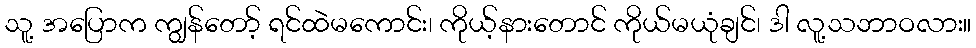
သူ့ အပြောက ကျွန်တော့် ရင်ထဲမကောင်း၊ ကိုယ့်နားတောင် ကိုယ်မယုံချင်၊ ဒါ လူ့သဘာဝလား။